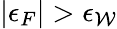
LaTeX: |\epsilon_{F}|>\epsilon_{\mathcal{W}}